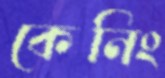
কেনিং